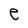
Character: e